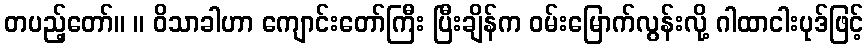
တပည့်တော်။ ။ ဝိသာခါဟာ ကျောင်းတော်ကြီး ပြီးချိန်က ဝမ်းမြောက်လွန်းလို့ ဂါထာငါးပုဒ်ဖြင့်